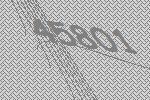
45801